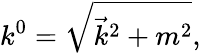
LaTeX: k^{0}=\sqrt{\vec{k}^{2}+m^{2}},